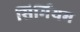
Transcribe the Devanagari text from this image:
सिर्मियम